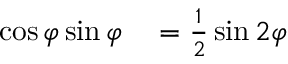
\begin{array} { r l } { \cos \varphi \sin \varphi } & { { } = \frac { 1 } { 2 } \sin 2 \varphi } \end{array}